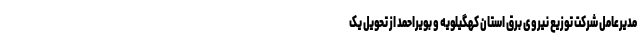
مدیرعامل شرکت توزیع نیروی برق استان کهگیلویه و بویراحمد از تحویل یک